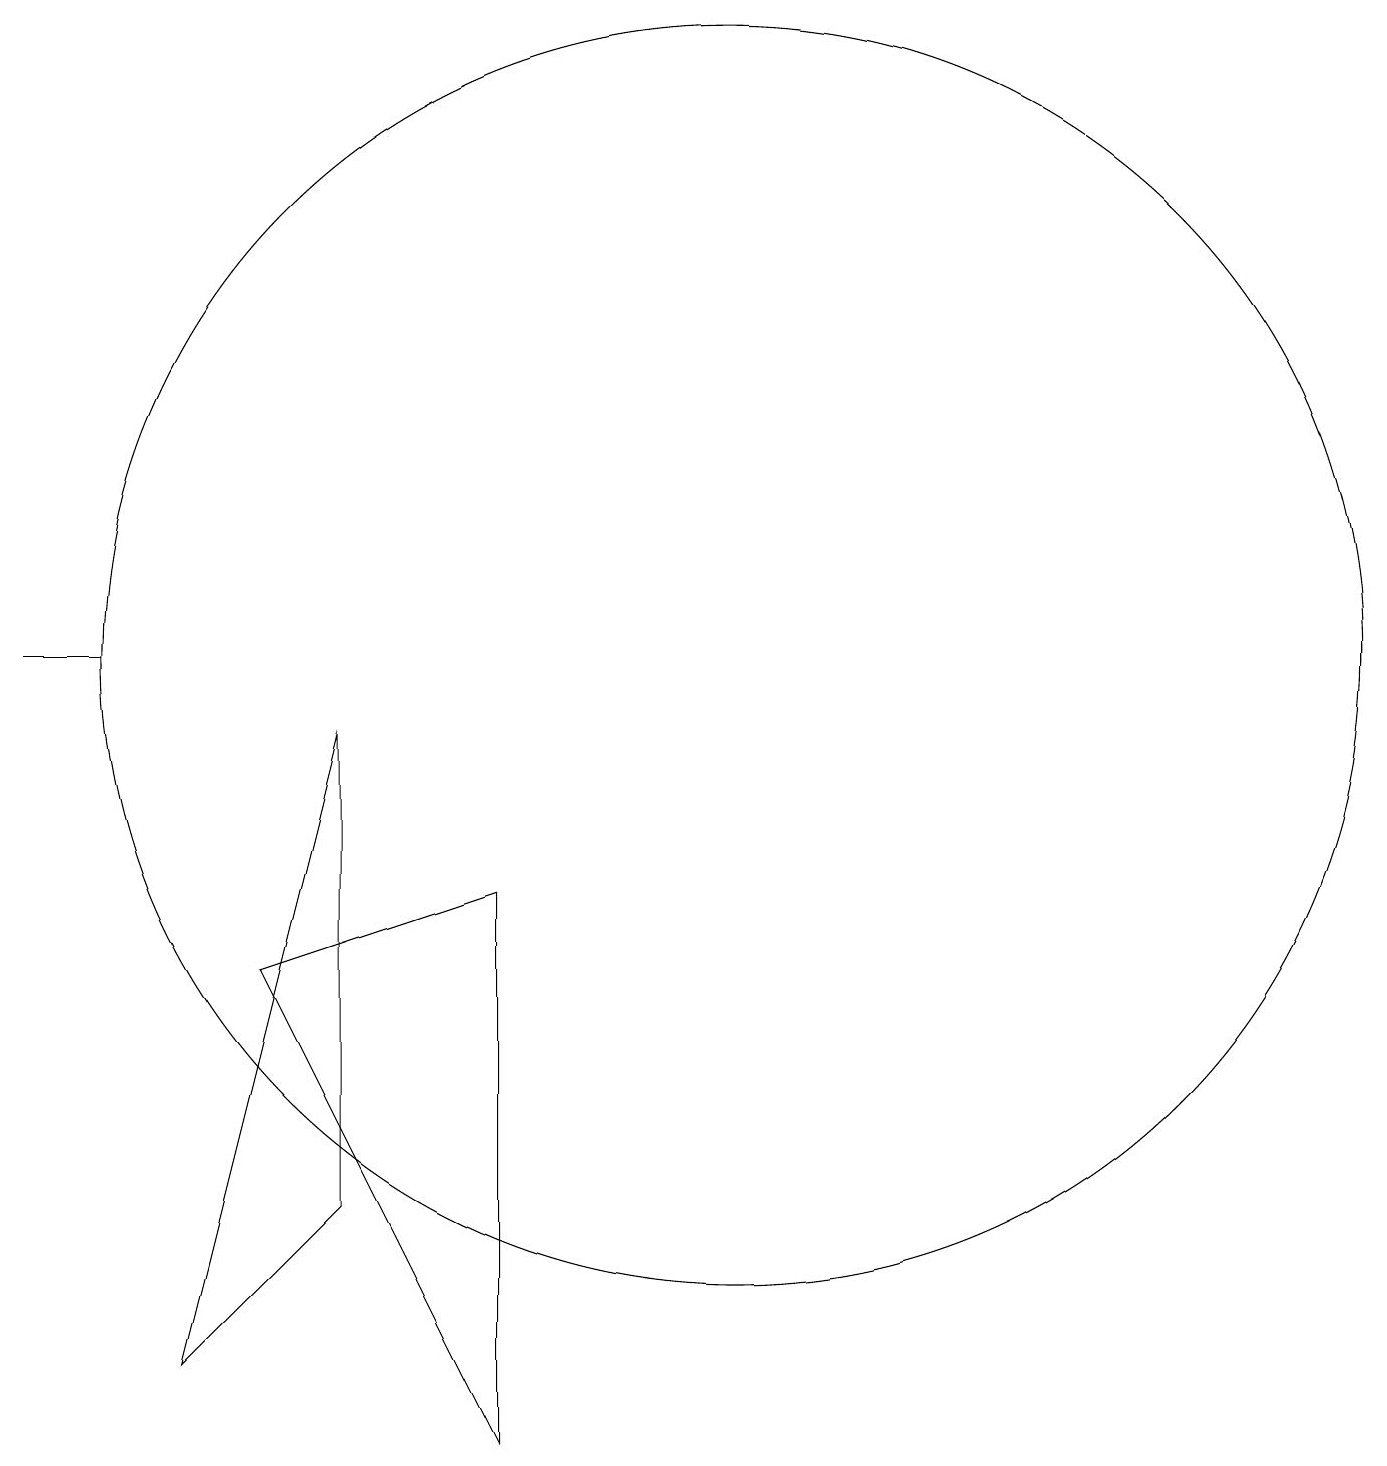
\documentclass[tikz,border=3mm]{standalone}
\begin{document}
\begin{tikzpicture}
\draw (6,9) -- (6,3) -- (4,1) -- cycle;
\draw (2,10) rectangle (3,10);
\draw (8,0) -- (5,6) -- (8,7) -- cycle;
\draw (11,10) circle (8);
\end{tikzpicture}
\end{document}